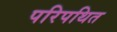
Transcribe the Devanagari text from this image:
परिपथित